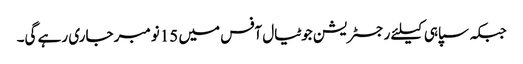
جبکہ سپاہی کیلئے رجسٹریشن جوٹیال آفس میں 15نومبر جاری رہے گی۔